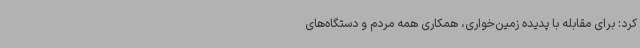
کرد: برای مقابله با پدیده زمین‌خواری، همکاری همه مردم و دستگاه‌های